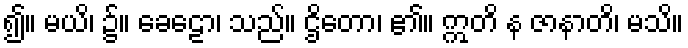
၍။ မယိ၊ ၌။ ခေဠော၊ သည်။ ဌိတော၊ ၏။ ဣတိ န ဇာနာတိ၊ မသိ။